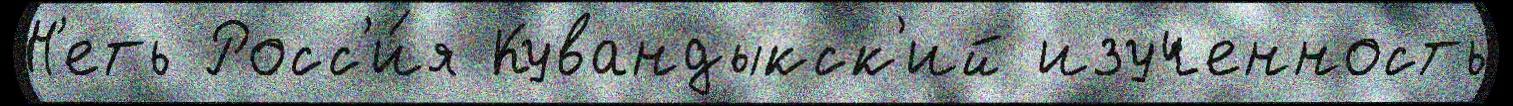
Н'еть Росс'и́я Кувандыкск'ий изученность